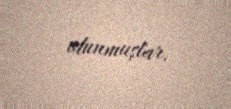
olunmuşlar.